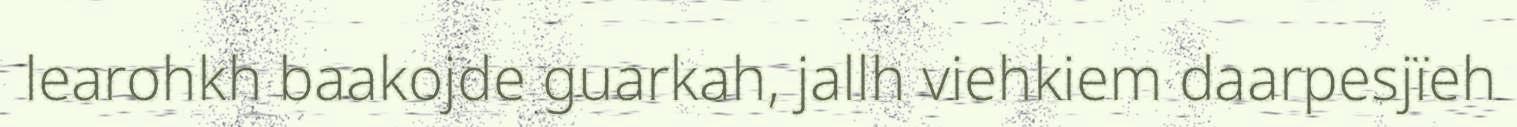
learohkh baakojde guarkah, jallh viehkiem daarpesjïeh